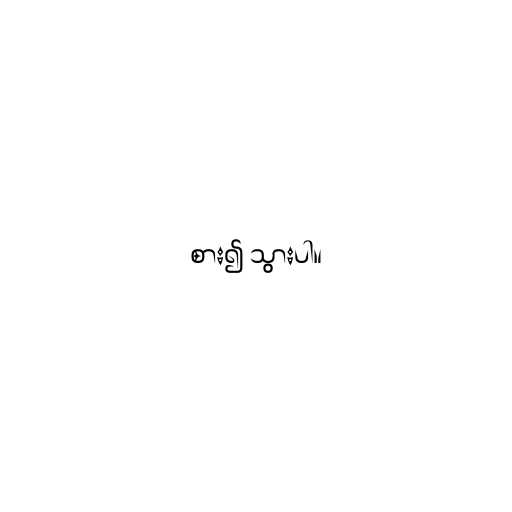
စား၍ သွားပါ။